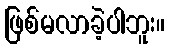
ဖြစ်မလာခဲ့ပါဘူး။